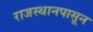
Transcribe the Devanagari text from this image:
राजस्थानपासून